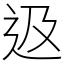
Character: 﨤